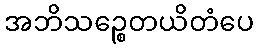
အဘိသဉ္စေတယိတံပေ